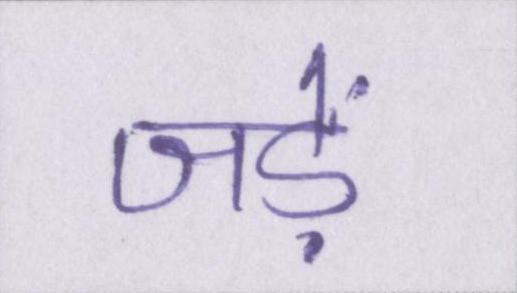
जड़ें